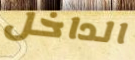
الداخل